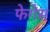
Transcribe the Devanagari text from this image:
फेगेस